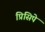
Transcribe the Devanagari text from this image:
प्रिसिपे